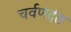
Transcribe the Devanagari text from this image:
चर्वणदंत